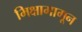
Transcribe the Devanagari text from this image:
भिक्षामागून